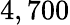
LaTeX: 4,700